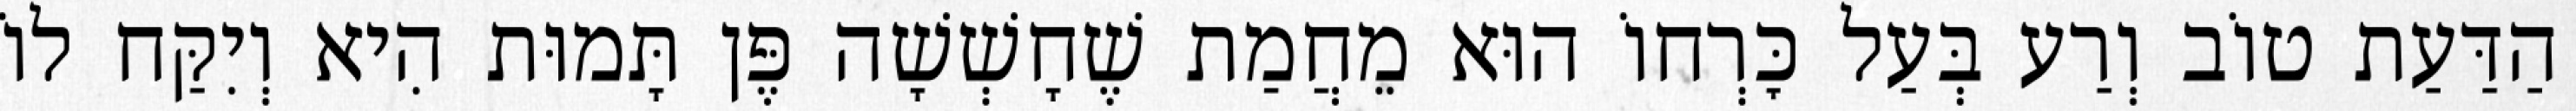
הַדַּעַת טוֹב וְרַע בְּעַל כׇּרְחוֹ הוּא מֵחֲמַת שֶׁחָשְׁשָׁה פֶּן תָּמוּת הִיא וְיִקַּח לוֹ